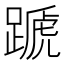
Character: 蹏